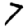
Digit: 7